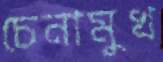
চেনামুখ